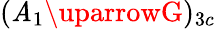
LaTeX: (\mathit{A}_{1}\uparrowG)_{3c}